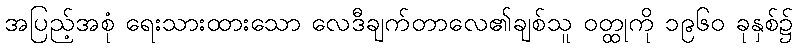
အပြည့်အစုံ ရေးသားထားသော လေဒီချက်တာလေ၏ချစ်သူ ဝတ္ထုကို ၁၉၆၀ ခုနှစ်၌